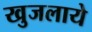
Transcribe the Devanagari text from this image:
खुजलाये